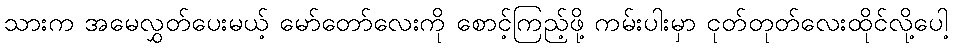
သားက အမေလွှတ်ပေးမယ့် မော်တော်လေးကို စောင့်ကြည့်ဖို့ ကမ်းပါးမှာ ငုတ်တုတ်လေးထိုင်လို့ပေါ့